Lunatic asylums Punjab 1895-1910 - 1895-1910
Year: 1895
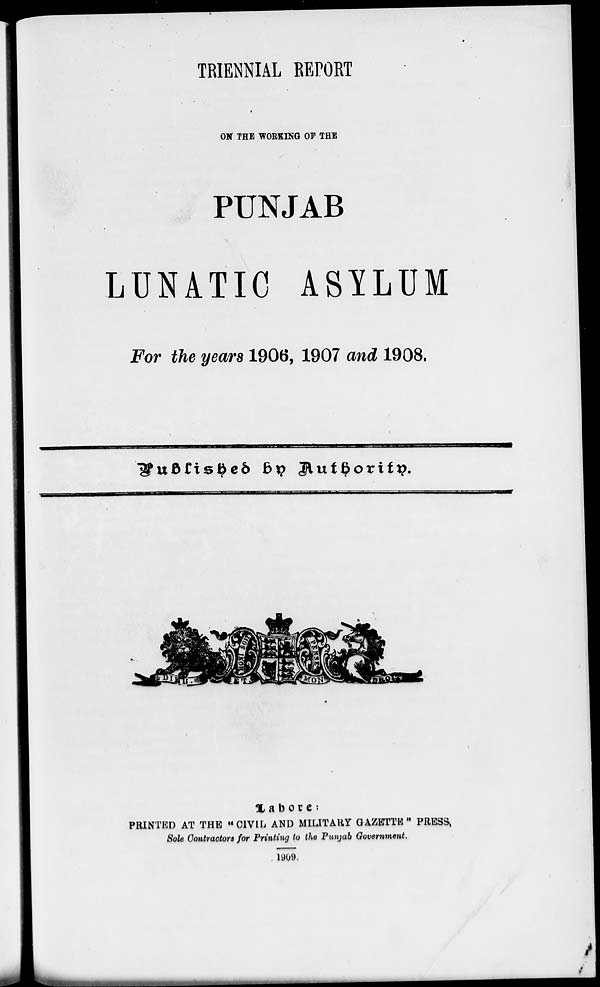
TRIENNIAL REPORT
ON THE WORKING OF THE
PUNJAB
LUNATIC ASYLUM
For the years 1906, 1907 and 1908.
Published
by
Authority.
Lahore:
PRINTED AT THE "CIVIL AND MILITARY GAZETTE " PRESS,
Sole Contractors for Printing to the Punjab Government.
1909.